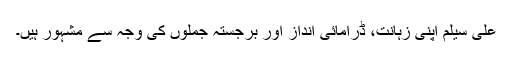
علی سیلم اپنی زہانت، ڈرامائی انداز اور برجستہ جملوں کی وجہ سے مشہور ہیں۔